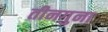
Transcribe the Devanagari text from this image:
तीनगुना